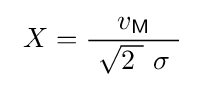
\ X={\frac {v_{\mathsf {M}}}{\ {\sqrt {2\ }}\ \sigma \ }}\